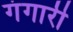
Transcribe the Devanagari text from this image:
गंगारी